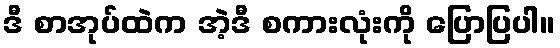
ဒီ စာအုပ်ထဲက အဲ့ဒီ စကားလုံးကို ပြောပြပါ။